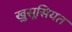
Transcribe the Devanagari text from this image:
खु़सूसियत